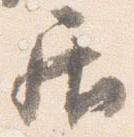
居